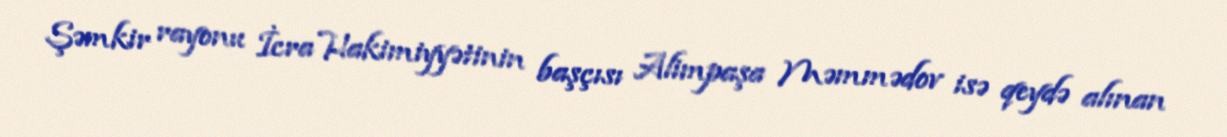
Şəmkir rayonu İcra Hakimiyyətinin başçısı Alimpaşa Məmmədov isə qeydə alınan